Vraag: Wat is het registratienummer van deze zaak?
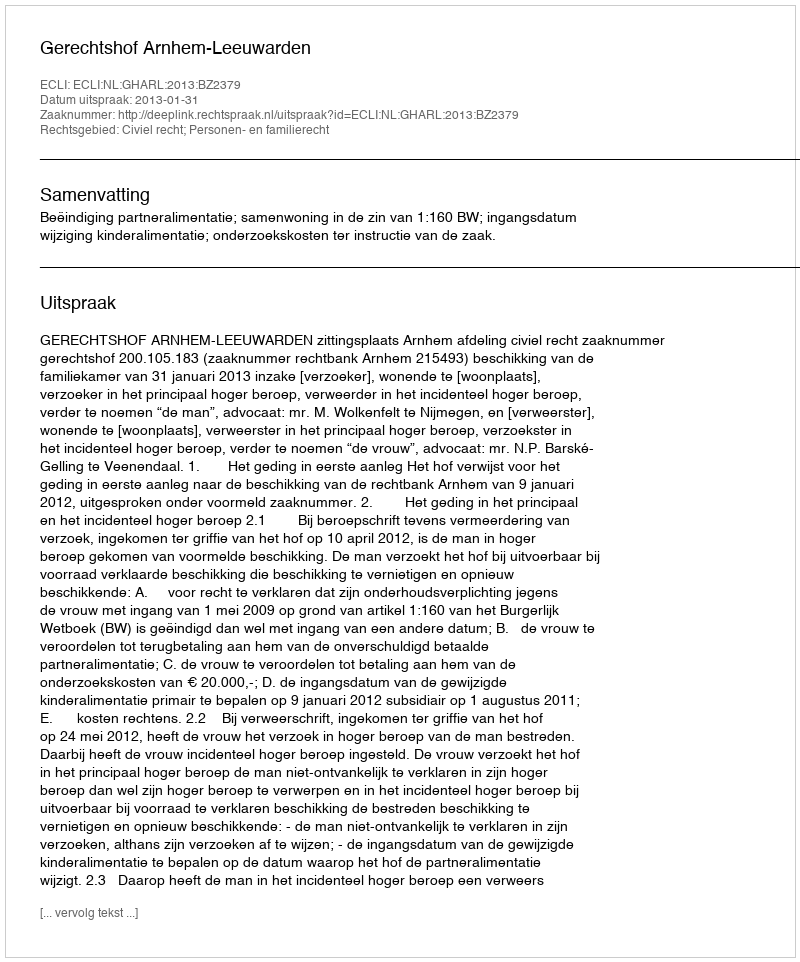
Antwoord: http://deeplink.rechtspraak.nl/uitspraak?id=ECLI:NL:GHARL:2013:BZ2379